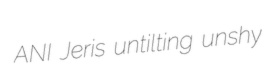
ANI Jeris untilting unshy